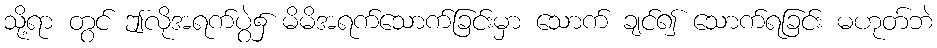
သို့ရာ တွင် ဤလိုအရက်ပွဲ၌ မိမိအရက်သောက်ခြင်းမှာ သောက် ချင်၍ သောက်ရခြင်း မဟုတ်ဘဲ